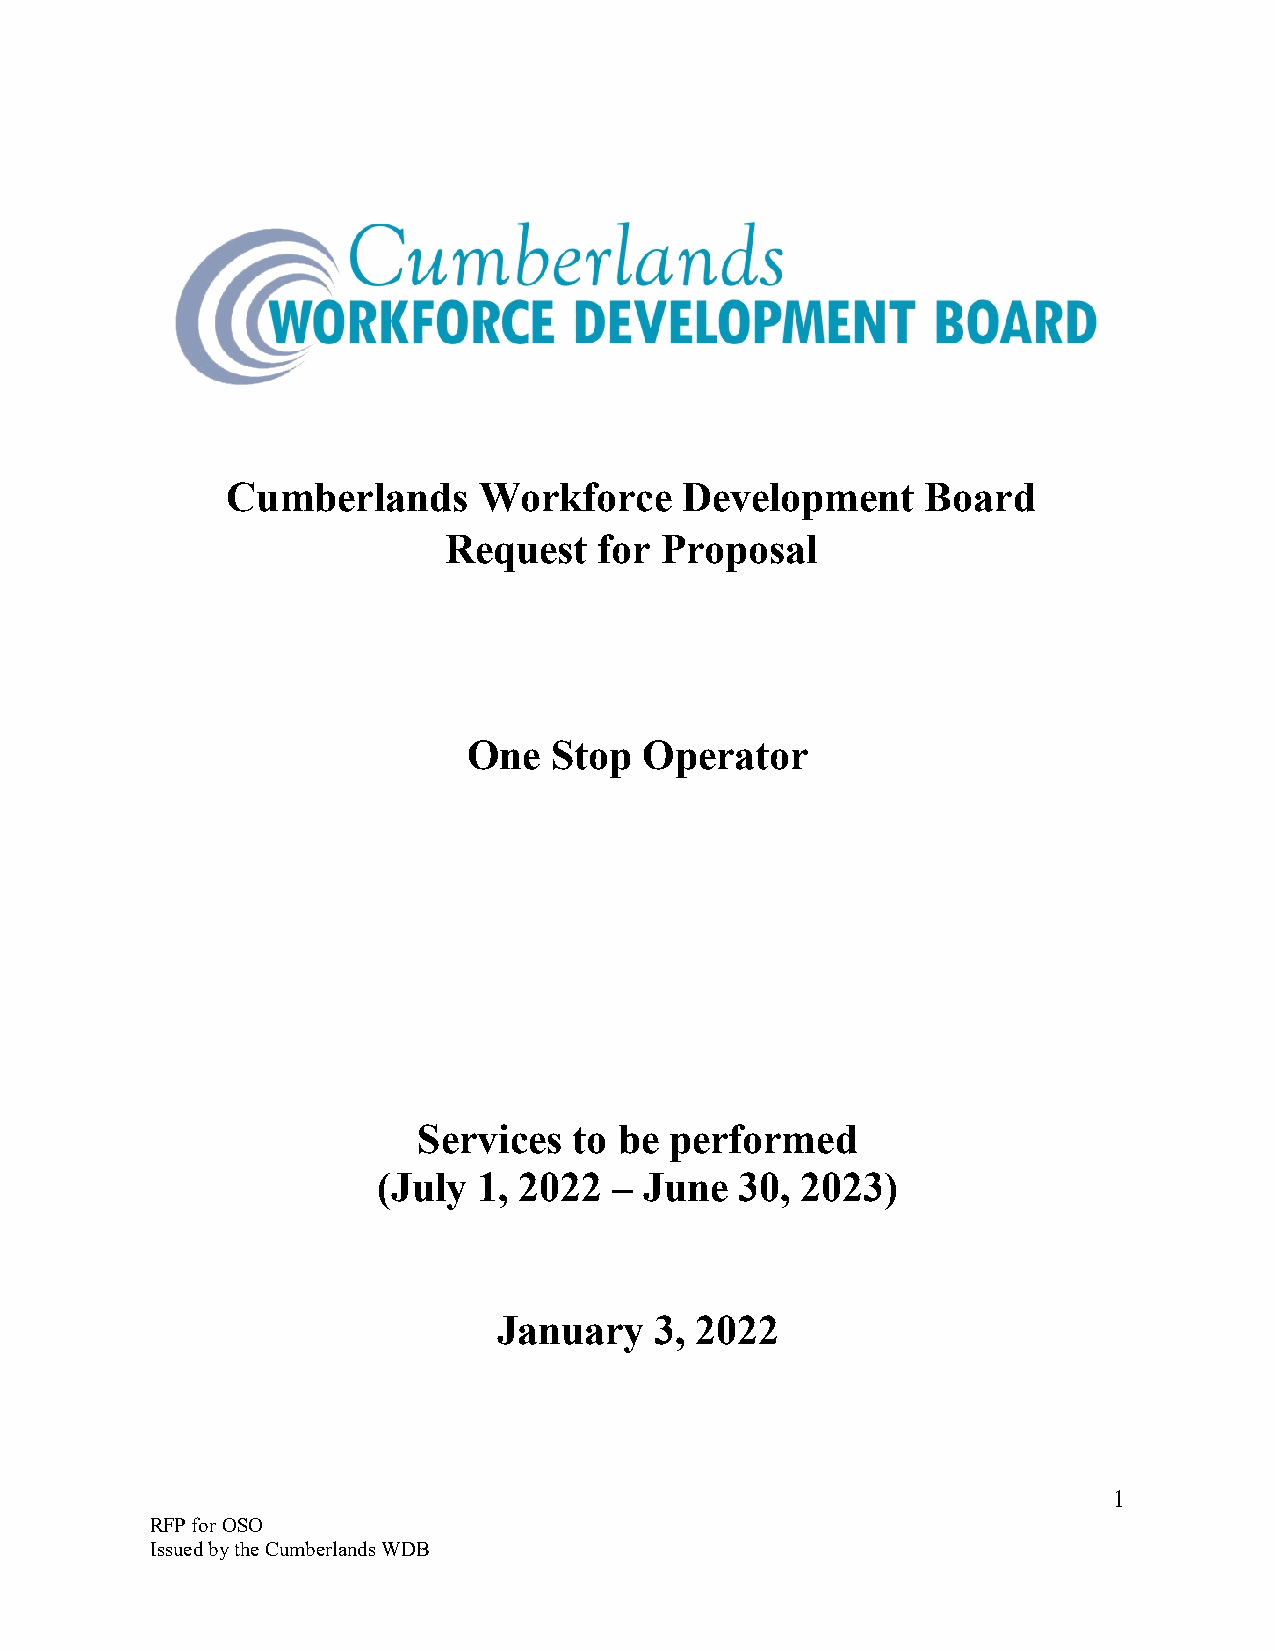
Cumberlands      Workforce    Development     Board
 Request    for Proposal
 One  Stop   Operator
 Services  to be performed
 (July  1, 2022  – June  30, 2023)
 January   3, 2022
 1
 RFP for OSO
 Issued by the Cumberlands WDB